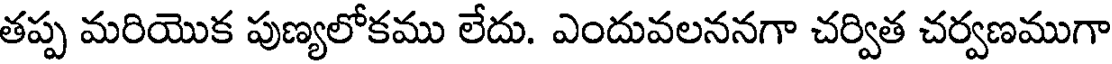
తప్ప మరియొక పుణ్యలోకము లేదు. ఎందువలననగా చర్విత చర్వణముగా